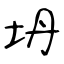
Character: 坍